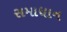
સમાધાન